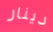
دينار